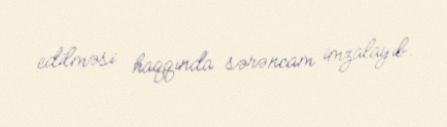
edilməsi haqqında sərəncam imzalayıb.